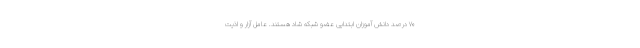
۷۰ درصد دانش آموزان ابتدایی عضو شبکه شاد هستند. عامل آزار و اذیت